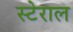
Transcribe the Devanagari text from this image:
स्टेराल